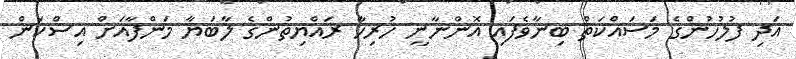
އަދި ފުލުހުންގެ މަސައްކަތް ބިނާވެފައި އޮންނާނީ ހުރިހާ ރައްޔިތުންގެ ލާބަޔާ މަންފާއަށް އިސްކަން